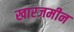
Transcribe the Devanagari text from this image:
खारजमीन